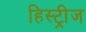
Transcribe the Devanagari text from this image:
हिस्ट्रीज